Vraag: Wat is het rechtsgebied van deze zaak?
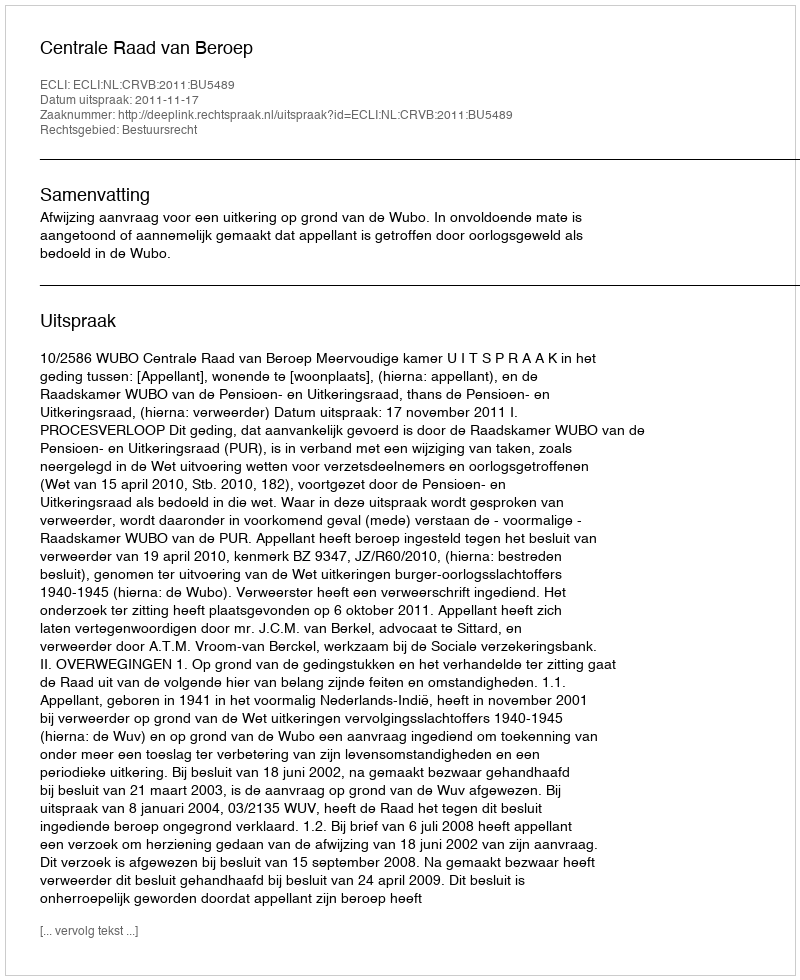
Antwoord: Bestuursrecht